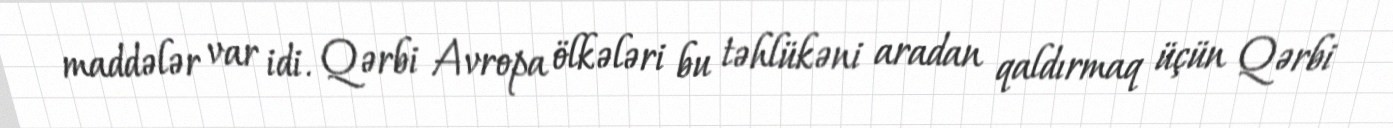
maddələr var idi. Qərbi Avropa ölkələri bu təhlükəni aradan qaldırmaq üçün Qərbi